Subject: math
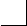
LaTeX code:
	\begin{tikzpicture}[scale=.33]
		\draw[-] (0,0) -| (1,1);
	\end{tikzpicture}